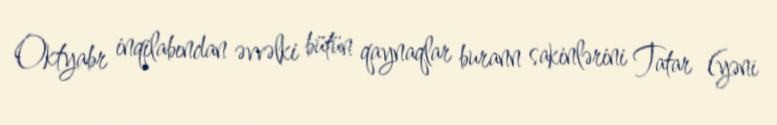
Oktyabr inqilabından əvvəlki bütün qaynaqlar burann sakinlərini Tatar (yəni